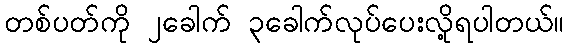
တစ်ပတ်ကို ၂ခေါက် ၃ခေါက်လုပ်ပေးလို့ရပါတယ်။